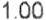
1.00